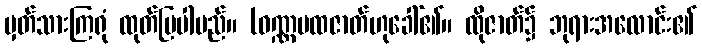
မှတ်သားကြရုံ ထုတ်ပြပါမည်။ (ဝဏ္ဏပထဇာတ်ဟုခေါ်၏။ ထိုဇာတ်၌ ဘုရားအလောင်း၏